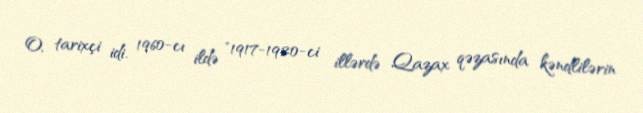
O, tarixçi idi. 1960-cı ildə "1917-1920-ci illərdə Qazax qəzasında kəndlilərin